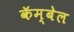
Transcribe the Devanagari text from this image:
कॅम्बेल